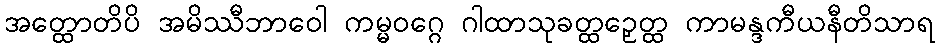
အတ္ထောတိပိ အမိဿီဘာဝေါ ကမ္မဝဂ္ဂေ ဂါထာသုခတ္ထဉှေတ္ထ ကာမန္ဒကီယနီတိသာရ